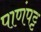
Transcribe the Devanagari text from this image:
पाणंपट्ट